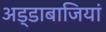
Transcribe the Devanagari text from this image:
अड्डाबाजियां